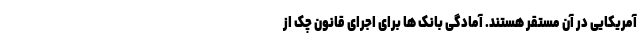
آمریکایی در آن مستقر هستند. آمادگی بانک ها برای اجرای قانون چک از